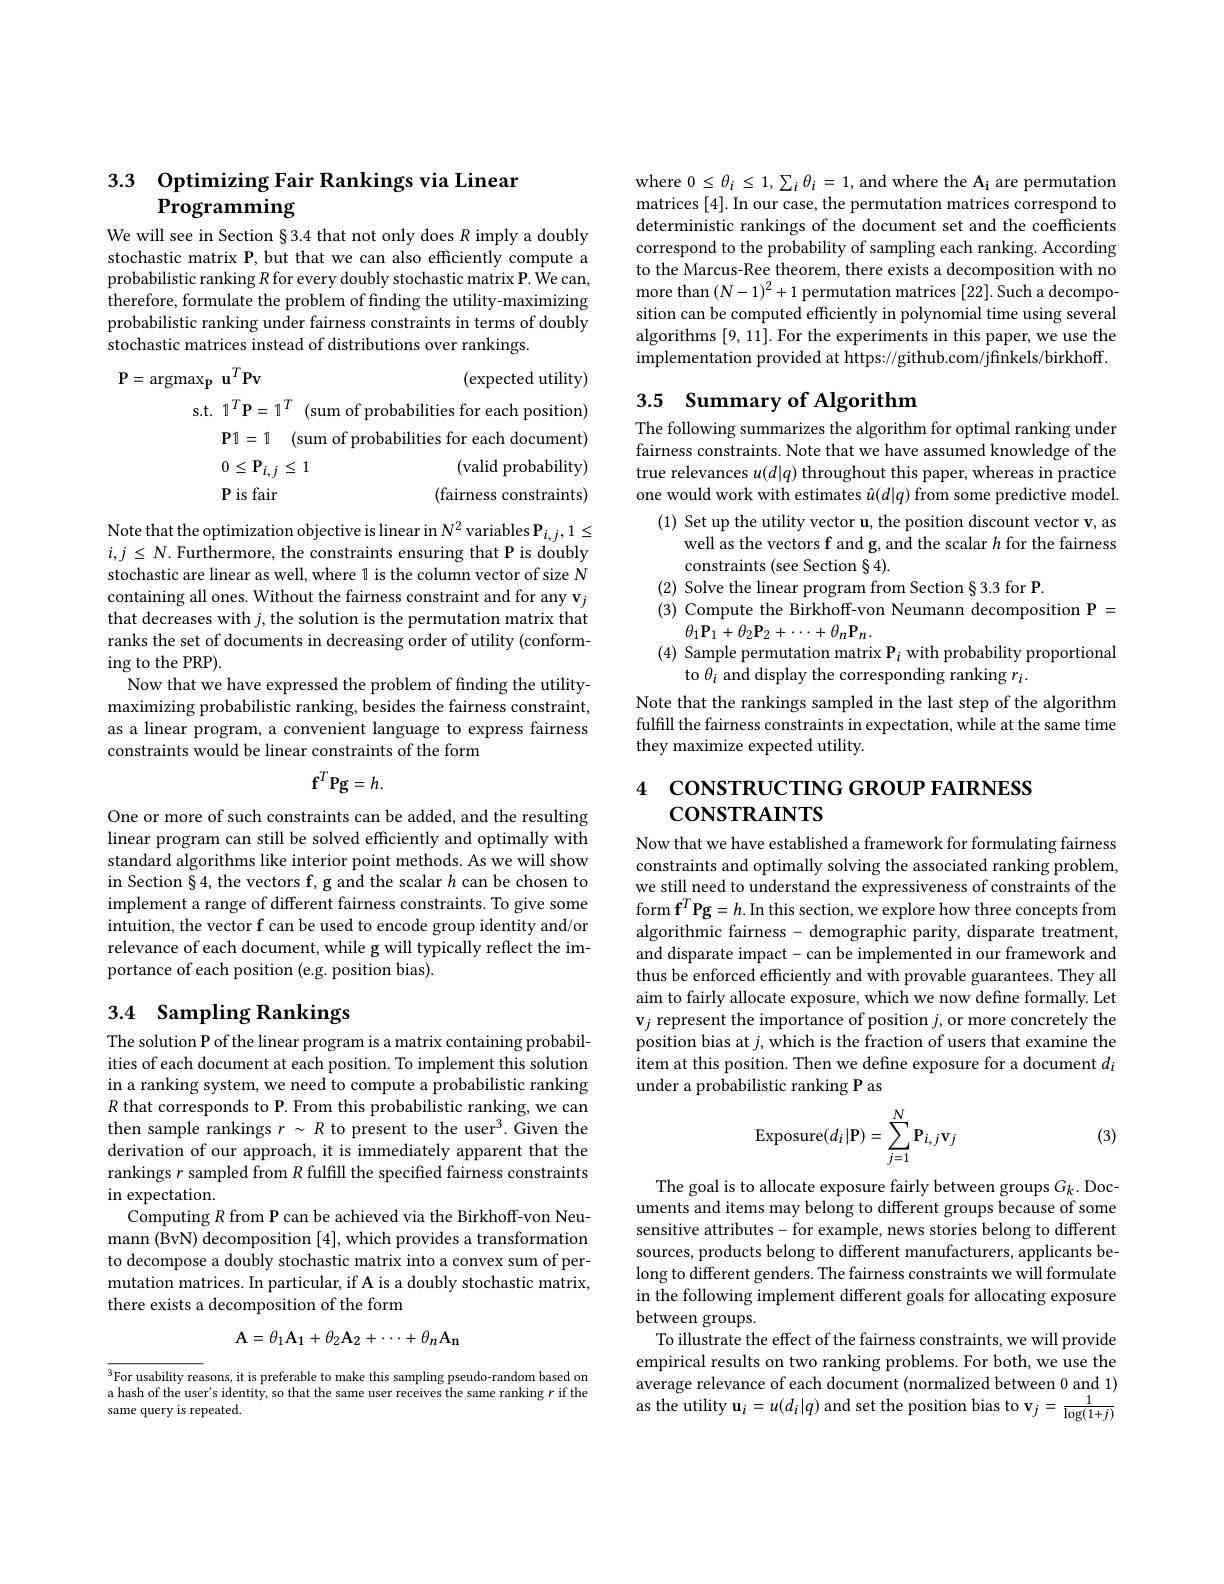
3.3 Optimizing Fair Rankings via Linear
# Programming

We will see in Section §3.4 that not only does $R$ imply a doubly stochastic matrix P, but that we can also efficiently compute a probabilistic ranking $R$ for every doubly stochastic matrix P. We can, therefore, formulate the problem of finding the utility-maximizing probabilistic ranking under fairness constraints in terms of doubly stochastic matrices instead of distributions over rankings.

$\mathbf{P}=\arg\max_{\mathbf{p}}\mathbf{u}^{T}\mathbf{P}\mathbf{v}$
(expected utility)
s.t. $1^T\mathbf{P}=1^T$ (sum of probabilities for each position)
$\mathbf{P} 1= 1$ (sum of probabilities for each document)
(valid probability)
$0\leq\mathbf{P}_{i,j}\leq1$
P is fair
(fairness constraints)

Note that the optimization objective is linear in $N^2$ variables P$_i,j,1\leq$ $i,j\leq N.$ Furthermore, the constraints ensuring that P is doubly stochastic are linear as well, where 1 is the column vector of size N containing all ones. Without the fairness constraint and for any v$_j$ that decreases with $j$, the solution is the permutation matrix that ranks the set of documents in decreasing order of utility (conforming to the PRP).
Now that we have expressed the problem of finding the utilitymaximizing probabilistic ranking, besides the fairness constraint, as a linear program, a convenient language to express fairness constraints would be linear constraints of the form
$$\mathbf{f}^{T}\mathbf{Pg}=h.$$
One or more of such constraints can be added, and the resulting linear program can still be solved efficiently and optimally with standard algorithms like interior point methods. As we will show in Section §4, the vectors f, g and the scalar $h$ can be chosen to implement a range of different fairness constraints. To give some intuition, the vector f can be used to encode group identity and/or relevance of each document, while g will typically reflect the importance of each position (e.g. position bias).

# 3.4 Sampling Rankings

The solution P of the linear program is a matrix containing probabilities of each document at each position. To implement this solution in a ranking system, we need to compute a probabilistic ranking $R$ that corresponds to P. From this probabilistic ranking, we can then sample rankings $r\sim R$ to present to the user$^3.$ Given the derivation of our approach, it is immediately apparent that the rankings $r$ sampled from $R$ fulfill the specified fairness constraints $\operatorname{in}$expectation.
Computing $R$ from P can be achieved via the Birkhoff-von Neumann (BvN) decomposition [4], which provides a transformation to decompose a doubly stochastic matrix into a convex sum of permutation matrices. In particular, if A is a doubly stochastic matrix, there exists a decomposition of the form
$$\mathbf{A}=\theta_{1}\mathbf{A_{1}}+\theta_{2}\mathbf{A_{2}}+\cdots+\theta_{n}\mathbf{A_{n}}$$
$^3$For usability reasons, it is preferable to make this sampling pseudo-random based on a hash of the user's identity, so that the same user receives the same ranking $r$ if the same query is repeated.

where $0\leq\theta_{i}\leq1,\sum_{i}\theta_{i}=1$,and where the A$_\mathrm{i}$ are permutation matrices [4]. In our case, the permutation matrices correspond to deterministic rankings of the document set and the coefficients correspond to the probability of sampling each ranking. According to the Marcus-Ree theorem, there exists a decomposition with no more than$\left(N-1\right)^2+1$ permutation matrices [22]. Such a decomposition can be computed efficiently in polynomial time using several algorithms [9,11]. For the experiments in this paper, we use the implementation provided at https://github.com/jfinkels/birkhoff.

# 3.5 Summary of Algorithm

The following summarizes the algorithm for optimal ranking under fairness constraints. Note that we have assumed knowledge of the true relevances $u(d|q)$ throughout this paper, whereas in practice one would work with estimates $\hat{u}(d|q)$ from some predictive model.
(1) Set up the utility vector u, the position discount vector v, as
well as the vectors f and g, and the scalar $h$ for the fairness
constraints (see Section § 4).
(2) Solve the linear program from Section §3.3 for P.
(3) Compute the Birkhoff-von Neumann decomposition P =
$\theta_{1}\mathbf{P}_{1}+\theta_{2}\mathbf{P}_{2}+\cdots+\theta_{n}\mathbf{P}_{n}.$
(4) Sample permutation matrix P$_i$ with probability proportional
to $\hat{\theta_i\text{ and display the corresponding ranking }r_i.}$
Note that the rankings sampled in the last step of the algorithm fulfill the fairness constraints in expectation, while at the same time they maximize expected utility.

# 4 consткистınG GROUP FAIRNESS $\mathsf{CONSTRAINTS}$

Now that we have established a framework for formulating fairness constraints and optimally solving the associated ranking problem, we still need to understand the expressiveness of constraints of the form $\mathbf{f}^T\mathbf{Pg}=h.$ In this section, we explore how three concepts from algorithmic fairness - demographic parity, disparate treatment, and disparate impact- can be implemented in our framework and thus be enforced efficiently and with provable guarantees. They all aim to fairly allocate exposure, which we now define formally. Let $\mathbf{v}_j$ represent the importance of position $j$,or more concretely the position bias at $j$,which is the fraction of users that examine the item at this position. Then we define exposure for a document $d_i$ under a probabilistic ranking P as
$$\mathrm{Exposure}(d_i|\mathbf{P})=\sum_{j=1}^N\mathbf{P}_{i,j}\mathbf{v}_j$$
(3)

The goal is to allocate exposure fairly between groups $G_k.$ Documents and items may belong to different groups because of some sensitive attributes-for example, news stories belong to different sources, products belong to different manufacturers, applicants belong to different genders. The fairness constraints we will formulate in the following implement different goals for allocating exposure between groups.
To illustrate the effect of the fairness constraints, we will provide empirical results on two ranking problems. For both, we use the average relevance of each document (normalized between 0 and 1) as the utility $\mathbf{u}_i=u(d_i|q)$ and set the position bias to v$\mathbf{v}_j=\frac1{\log(1+j)}$